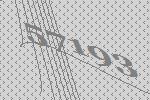
57193